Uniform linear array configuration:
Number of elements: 12
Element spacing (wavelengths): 0.75
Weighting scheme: exponential
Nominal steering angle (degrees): -15
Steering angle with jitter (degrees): -15.695
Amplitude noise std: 0.05
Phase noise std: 0.05

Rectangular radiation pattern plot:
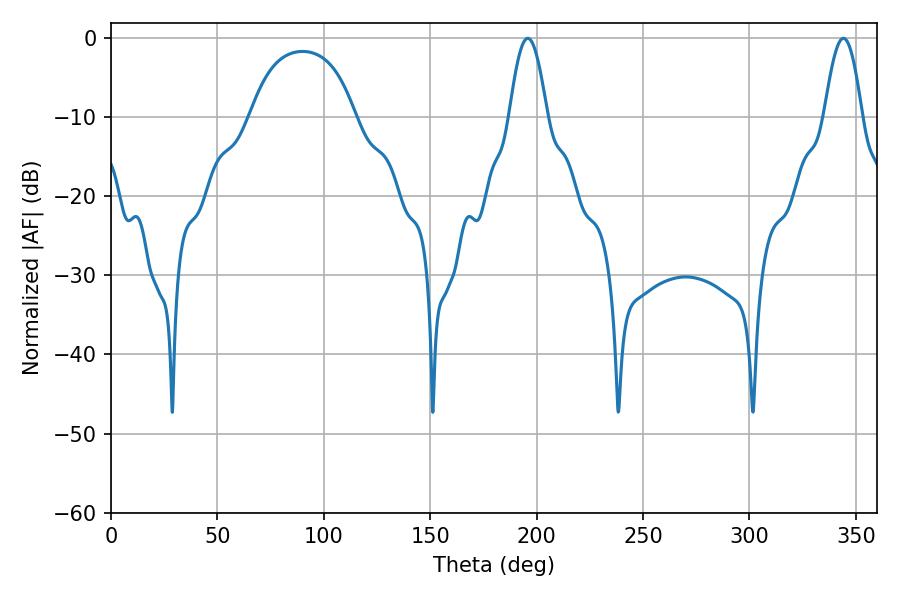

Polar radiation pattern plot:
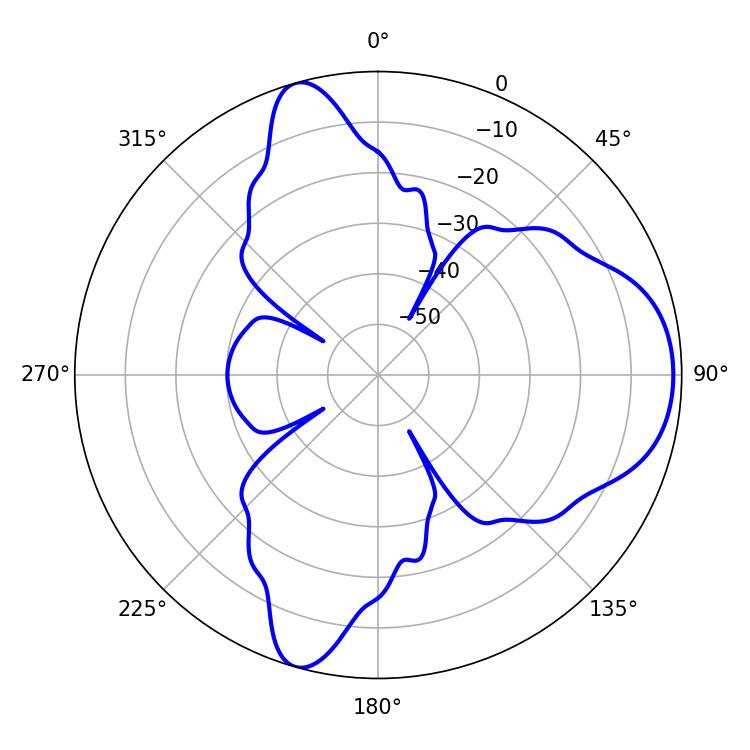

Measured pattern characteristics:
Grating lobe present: TRUE
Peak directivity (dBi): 8.221
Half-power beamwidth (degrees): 9.54
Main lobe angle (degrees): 195.84